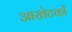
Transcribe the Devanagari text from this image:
आखेटकों